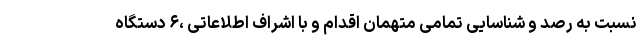
نسبت به رصد و شناسایی تمامی متهمان اقدام و با اشراف اطلاعاتی ،۶ دستگاه